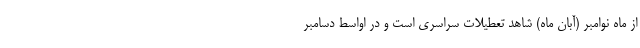
از ماه نوامبر (آبان ماه) شاهد تعطیلات سراسری است و در اواسط دسامبر